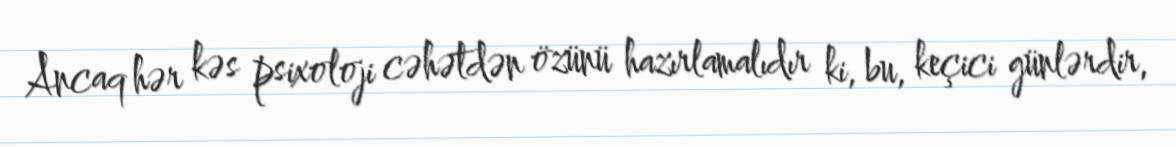
Ancaq hər kəs psixoloji cəhətdən özünü hazırlamalıdır ki, bu, keçici günlərdir,